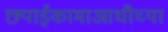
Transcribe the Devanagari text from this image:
छपाईकामाआधीच्या